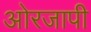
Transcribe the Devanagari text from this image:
ओरजापी